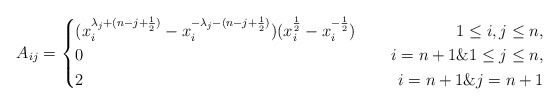
\begin{align*}A_{ij}=\left\{\begin{aligned}&(x^{\lambda_j+(n-j+\frac{1}{2})}_i-x^{-\lambda_j-(n-j+\frac{1}{2})}_i)(x^{\frac{1}{2}}_i-x^{-\frac{1}{2}}_i)~~&~~1\leq i,j\leq n,\\&0~~&~~i=n+1\& 1\leq j\leq n,\\&2~~&~~i=n+1\& j=n+1\end{aligned}\right.\end{align*}